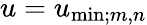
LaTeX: u=u_{\mathrm{min};m,n}